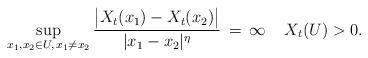
LaTeX: \begin{align*}\sup_{x_{1},x_{2}\in U,\,x_{1}\neq x_{2}}\frac{\bigl|{X}_{t}(x_{1})-{X}_{t}(x_{2})\bigr|}{|x_{1}-x_{2}|^{\eta}}\,=\,\infty\quad\,X_{t}(U)>0.\end{align*}